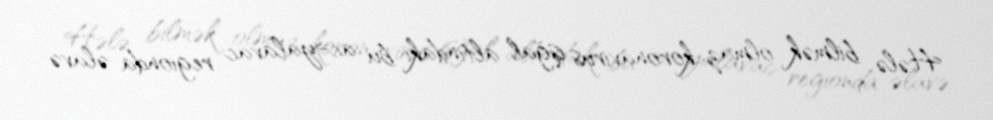
Hələ bilmək olmaz, koronavirus işğal altındakı bu ac-yalavac regionda əlavə